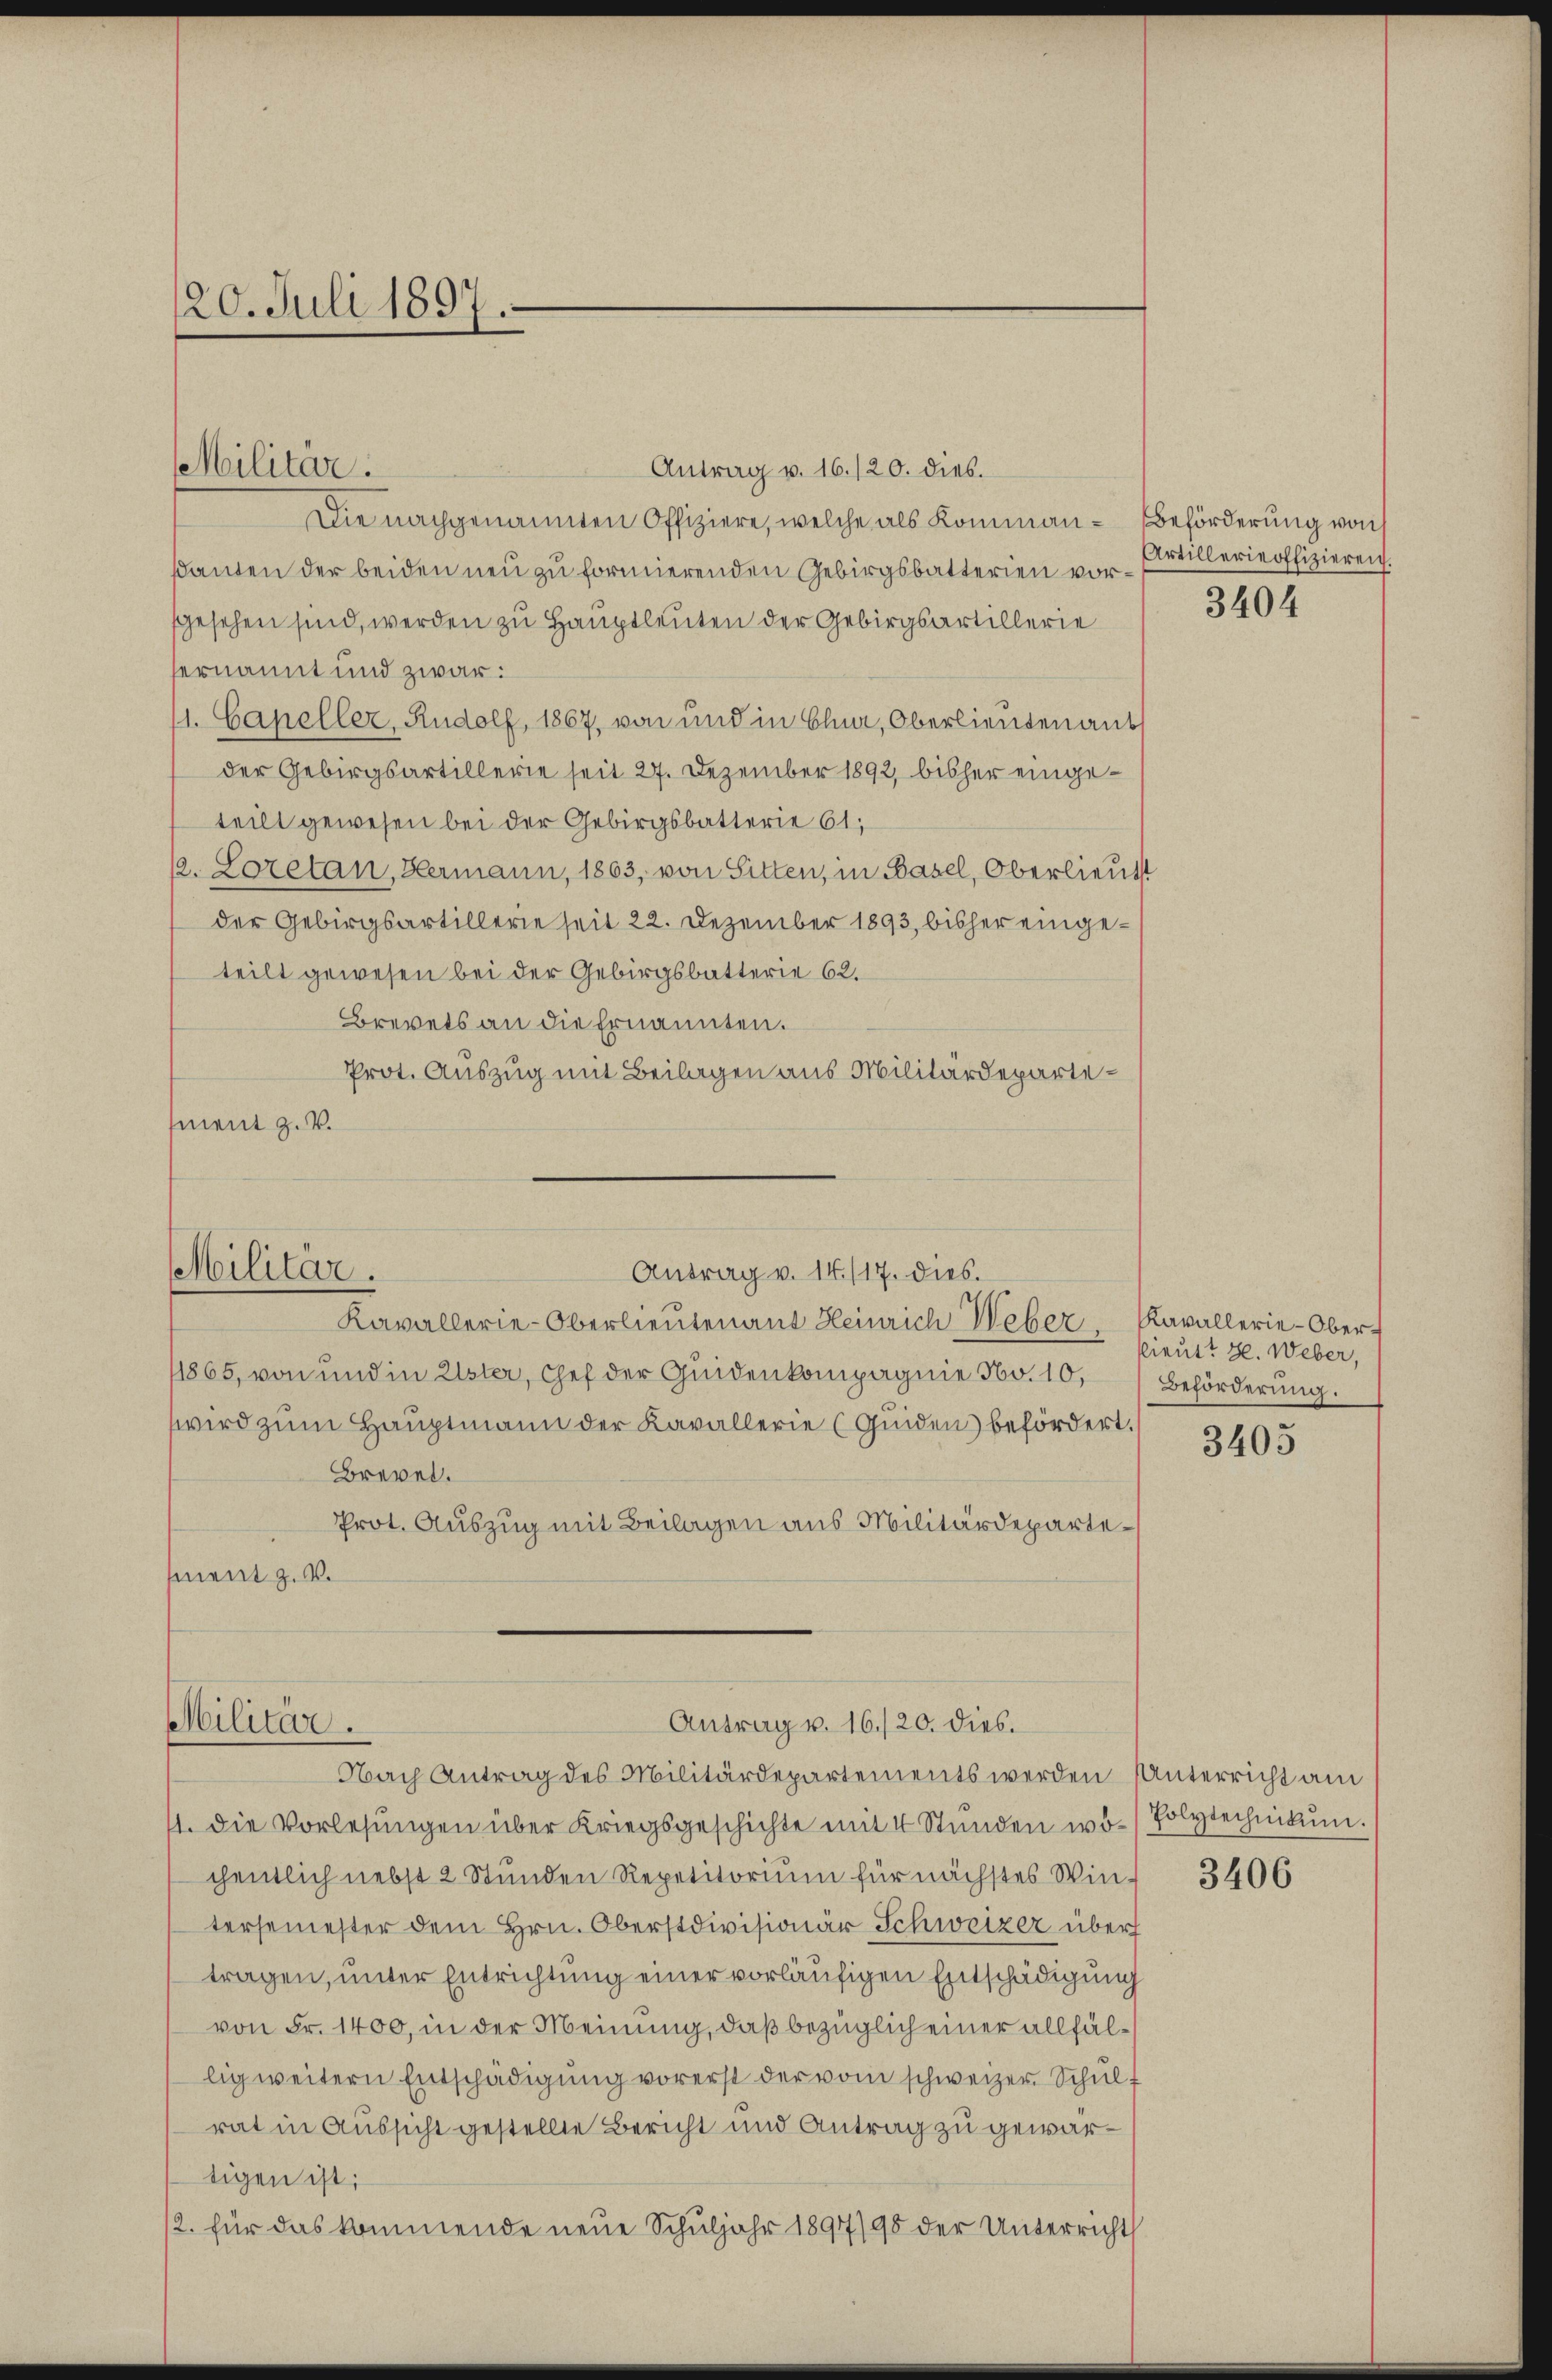
Antrag v. 16./20. dies
Die nachgenannten Offiziere, welche als Kommen- Beförderung von
santen der beiden neu zu formierenden Gebirgsbatterien vorgesehen sind, werden zu Hauptleuten der Gebirgsartillerie
ernannt und zwar:
1. Capeller, Rudolf, 1867, von und in Ehn, Oberlieuten aus
der Gebirgsartillerie seit 27. Dezember 1892 bisher eingeteilt gewesen bei der Gebirgsbatterie 61;
2. Loretan, Hermann, 1863, von Sitten, in Basel, Oberlieutt
der Gebirgsartillerie seit 22. Dezember 1893, bisher eingeteilt gewesen bei der Gebirgsbatterie 62.
Brevets an die Ernannten.
Prot. Auszug mit Beilagen aus Militärdepartement z. B.

20. Juli 1897.

Militar.

Antrag v. 14./17. dies.
Militär.
Kavallerie-Oberlieutenant Heinrich Weber, Kavallerie-Ober¬

Militär.
Antrag v. 16./20. dies.
Nach Antrag des Militärdepartements werden Unterricht am

1865, von und in Uster, Chef der Quidenkompagnie No. 10,
wird zum Hauptmann der Kavallerie (Guiden befördert.
Brevel.
Prot. Auszug mit Beilagen aus Militärdepartement z. B.

1. die Vorlesungen über Kriegsgeschichte mit 4 Stunden wöchentlich nebst 2 Stunden Repetitorium für nächstes Win-
tersemester dem Hrn. Oberstdivisionär Schweizer über
tragen, unter Entrichtung einer vorläufigen Entschädigung
von Fr. 1400, in der Meinung, daß bezüglich einer allfällig weitern Entschädigŭng vorerst der vom schweizer Schult
rat in Aussicht gestellte Bericht und Antrag zu gewartigen ist;
2. für das kommende neue Schuljahr 1897/95 der Unterricht

Artillerieoffizieren.

3404

lieut? H. Weber,
Beförderung.

3405

Polytechnikum.

3406